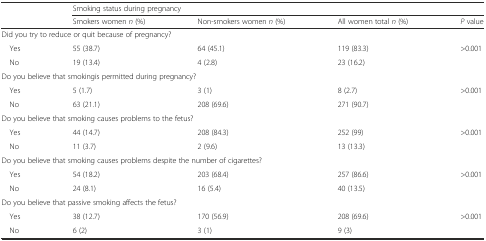
<table><thead><tr><td></td><td colspan="4"><b>Smoking status during pregnancy</b></td></tr><tr><td></td><td><b>Smokers women <i>n</i> (%)</b></td><td><b>Non-smokers women <i>n</i> (%)</b></td><td><b>All women total <i>n</i> (%)</b></td><td><b><i>P</i> value</b></td></tr></thead><tbody><tr><td colspan="5">Did you try to reduce or quit because of pregnancy?</td></tr><tr><td> Yes</td><td>55 (38.7)</td><td>64 (45.1)</td><td>119 (83.3)</td><td rowspan="2">&gt;0.001</td></tr><tr><td> No</td><td>19 (13.4)</td><td>4 (2.8)</td><td>23 (16.2)</td></tr><tr><td colspan="5">Do you believe that smokingis permitted during pregnancy?</td></tr><tr><td> Yes</td><td>5 (1.7)</td><td>3 (1)</td><td>8 (2.7)</td><td rowspan="2">&gt;0.001</td></tr><tr><td> No</td><td>63 (21.1)</td><td>208 (69.6)</td><td>271 (90.7)</td></tr><tr><td colspan="5">Do you believe that smoking causes problems to the fetus?</td></tr><tr><td> Yes</td><td>44 (14.7)</td><td>208 (84.3)</td><td>252 (99)</td><td rowspan="2">&gt;0.001</td></tr><tr><td> No</td><td>11 (3.7)</td><td>2 (9.6)</td><td>13 (13.3)</td></tr><tr><td colspan="5">Do you believe that smoking causes problems despite the number of cigarettes?</td></tr><tr><td> Yes</td><td>54 (18.2)</td><td>203 (68.4)</td><td>257 (86.6)</td><td rowspan="2">&gt;0.001</td></tr><tr><td> No</td><td>24 (8.1)</td><td>16 (5.4)</td><td>40 (13.5)</td></tr><tr><td colspan="5">Do you believe that passive smoking affects the fetus?</td></tr><tr><td> Yes</td><td>38 (12.7)</td><td>170 (56.9)</td><td>208 (69.6)</td><td rowspan="2">&gt;0.001</td></tr><tr><td> No</td><td>6 (2)</td><td>3 (1)</td><td>9 (3)</td></tr></tbody></table>